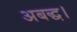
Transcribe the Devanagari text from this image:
अबद्ध।